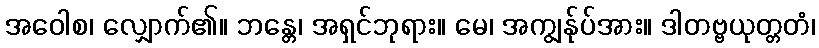
အဝေါစ၊ လျှောက်၏။ ဘန္တေ၊ အရှင်ဘုရား။ မေ၊ အကျွန်ုပ်အား။ ဒါတဗ္ဗယုတ္တတံ၊